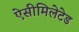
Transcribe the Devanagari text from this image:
ऐसीमिलेटेड